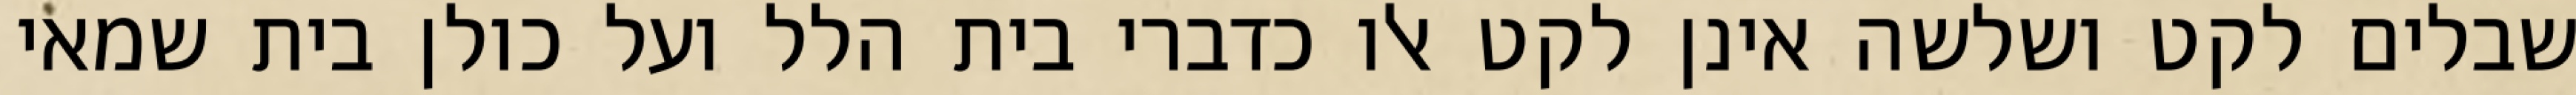
שבלים לקט ושלשה אינן לקט אלו כדברי בית הלל ועל כולן בית שמאי